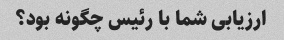
ارزیابی شما با رئیس چگونه بود؟